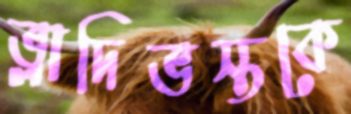
ভ্লাদিভস্তকে